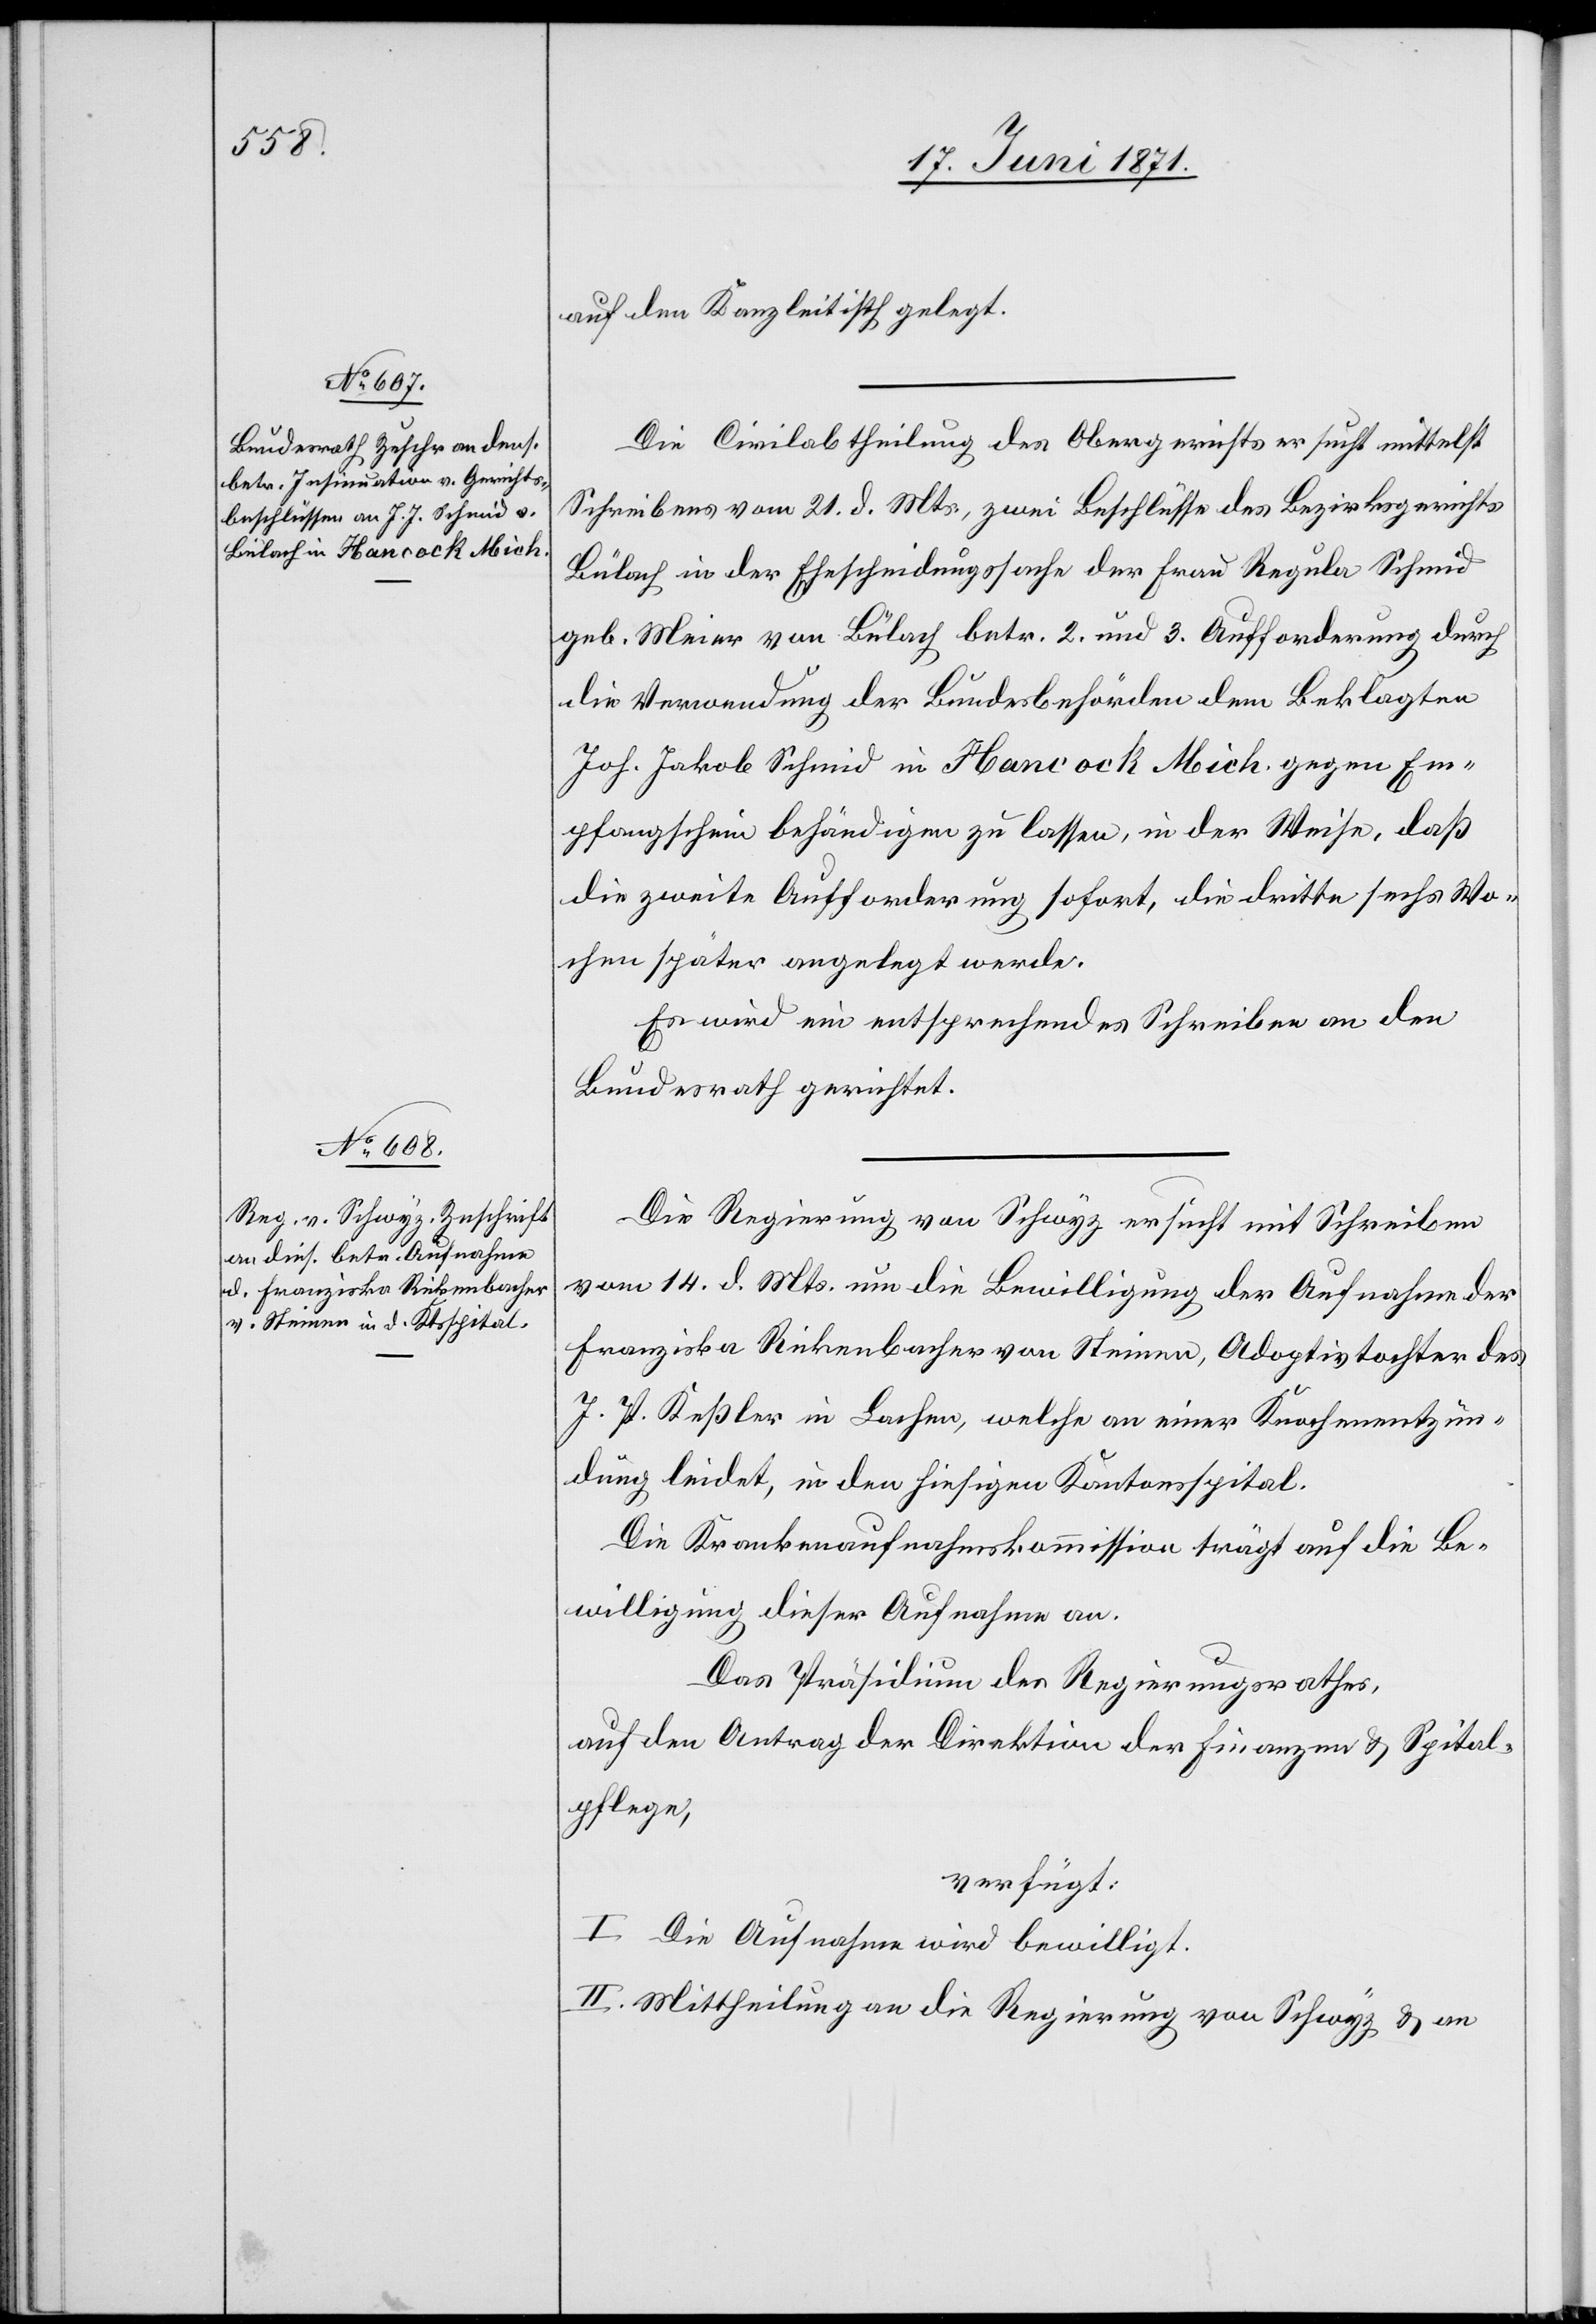
22. Juni 1871.]
auf den Kanzleitisch gelegt.
Die Civilabtheilung des Obergerichts ersucht mittelst
Schreibens vom 21. d. Mts., zwei Beschlüsse des Bezirksgerichts
Bülach in der Ehescheidungssache der Frau Regula Schmid
geb. Meier von Bülach betr. 2. und 3. Aufforderung durch
die Verwendung der Bundesbehörden dem Beklagten
Joh. Jakob Schmid in Hancock Mich. gegen Em¬
pfangschein behändigen zu lassen, in der Weise, daß
die zweite Aufforderung sofort, die dritte sechs Wo¬
chen später angelegt werde.
Es wird ein entsprechendes Schreiben an den
Bundesrath gerichtet.
Die Regierung von Schwyz ersucht mit Schreiben
vom 14. d. Mts. um die Bewilligung der Aufnahme der
Franziska Rickenbacher von Steinen, Adoptivtochter des
J. P. Keßler in Lachen, welche an einer Knochenentzün¬
dung leidet, in den hiesigen Kantonsspital.
Die Krankenaufnahmskommission trägt auf die Be¬
willigung dieser Aufnahme an.
Das Präsidium des Regierungsrathes,
auf den Antrag der Direktion der Finanzen u. Spital¬
pflege,
verfügt:
I. Die Aufnahme wird bewilligt.
II. Mittheilung an die Regierung von Schwyz u. an